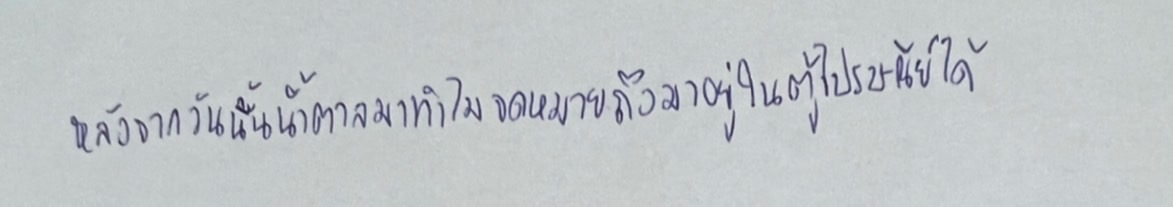
หลังจากวันนั้นน้ำตาลมาทำไมจดหมายถึงมาอยู่ในตู้ไปรษณีย์ได้